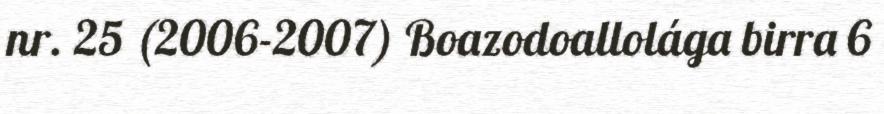
nr. 25 (2006-2007) Boazodoallolága birra 6